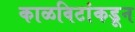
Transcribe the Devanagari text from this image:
काळविटांकडून